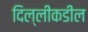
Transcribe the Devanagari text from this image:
दिल्लीकडील